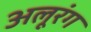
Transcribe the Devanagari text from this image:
अलूरंग